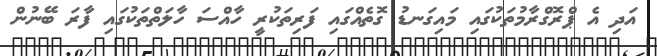
އަދި އެ ޕްރޮގްރާމުތަކުގައި މައިގަނޑު ގޮތެއްގައި ފަރިތަކުރީ ހާއްސަ ހާލަތްތަކުގައި ފާރަ ބޭނުން